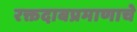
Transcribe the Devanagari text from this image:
रक्तदाबप्रमाणाचे